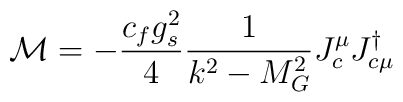
{\cal M} = - \frac{c_f g_s^2}{4} \frac{1}{k^2 - M_G^2} J_c^\mu J_{c \mu}^{\dagger}